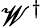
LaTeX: \mathscr{W}^{\dagger}